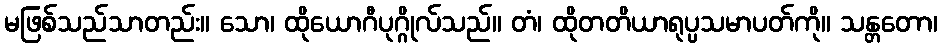
မဖြစ်သည်သာတည်း။ သော၊ ထိုယောဂီပုဂ္ဂိုလ်သည်။ တံ၊ ထိုတတိယာရုပ္ပသမာပတ်ကို။ သန္တတော၊